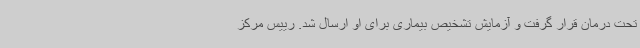
تحت درمان قرار گرفت و آزمایش تشخیص بیماری برای او ارسال شد. رییس مرکز